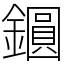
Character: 𨭦